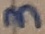
Text: 3